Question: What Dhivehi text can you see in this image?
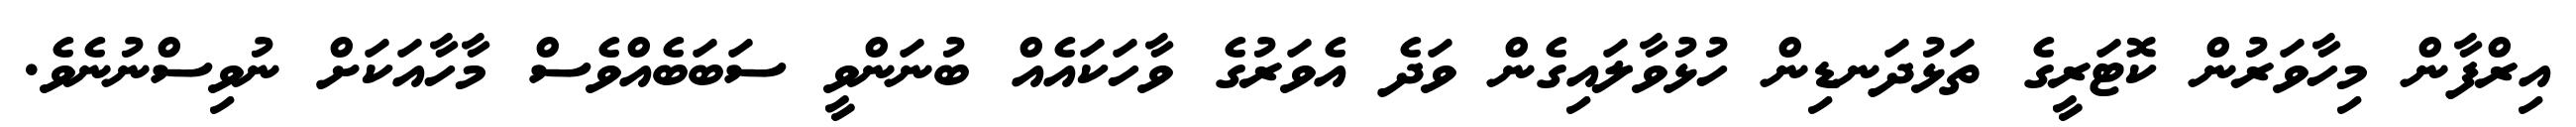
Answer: އިރްފާން މިހާވަރުން ކޮޓަރީގެ ތަޅުދަނޑިން ހުޅުވާލައިގެން ވަދެ އެވަރުގެ ވާހަކައެއް ބުނަންވީ ސަބަބެއްވެސް މާހާއަކަށް ނުވިސްނުނެވެ.